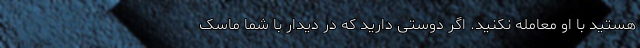
هستید با او معامله نکنید. اگر دوستی دارید که در دیدار با شما ماسک